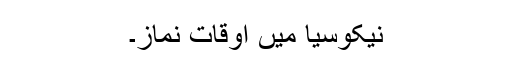
نیکوسیا میں اوقات نماز۔